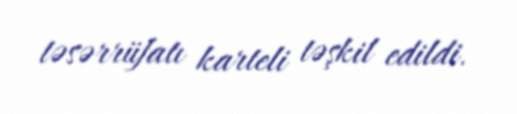
təsərrüfatı karteli təşkil edildi.